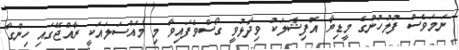
ނަމަވެސް ފުލުހުންގެ މީޑިޔާ އޮފިޝަލަކު ވިދާޅުވީ ގޯސްވެފައިވާ މި މައްސަލައަކީ ރާއްޖޭގައި ހިންގާ